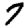
Digit: 7